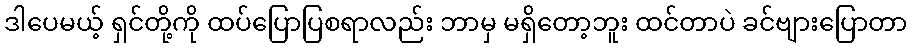
ဒါပေမယ့် ရှင်တို့ကို ထပ်ပြောပြစရာလည်း ဘာမှ မရှိတော့ဘူး ထင်တာပဲ ခင်ဗျားပြောတာ